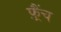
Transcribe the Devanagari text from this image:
फ़्रैंच